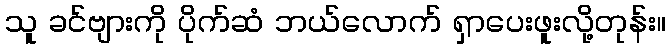
သူ ခင်ဗျားကို ပိုက်ဆံ ဘယ်လောက် ရှာပေးဖူးလို့တုန်း။